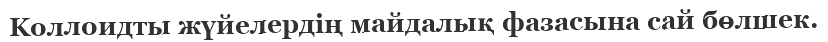
Kоллоидты жүйелердің майдалық фазасына сай бөлшек.